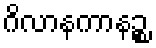
ဂိလာနကာနဉ္စ